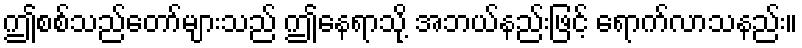
ဤစစ်သည်တော်များသည် ဤနေရာသို့ အဘယ်နည်းဖြင့် ရောက်လာသနည်း။